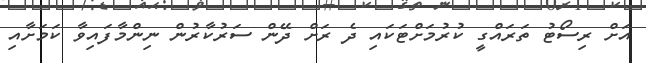
އަށް ރިސޯޓު ތަރައްގީ ކުރުމަށްޓަކައި ދެ ރަށް ދޭން ސަރުކާރުން ނިންމާފައިވާ ކަމަށާއި